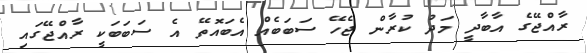
ރާއްޖޭގެ އާބާދީ މަދު ކުރާން ޖެހޭ ސަބަބެއް އެބައޮތޭ އެ ސަބަބަކީ ރާއްޖޭގައި